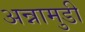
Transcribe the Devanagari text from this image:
अन्नामुडी